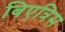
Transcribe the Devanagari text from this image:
बिएत्रिस